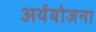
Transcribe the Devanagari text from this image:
अर्थयोजना